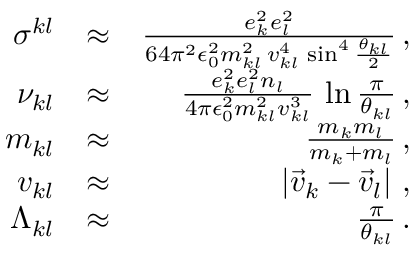
\begin{array} { r l r } { \sigma ^ { k l } } & { \approx } & { \frac { e _ { k } ^ { 2 } e _ { l } ^ { 2 } } { 6 4 \pi ^ { 2 } \epsilon _ { 0 } ^ { 2 } m _ { k l } ^ { 2 } \, v _ { k l } ^ { 4 } \, \sin ^ { 4 } \frac { \theta _ { k l } } { 2 } } \, , } \\ { \nu _ { k l } } & { \approx } & { \frac { e _ { k } ^ { 2 } e _ { l } ^ { 2 } n _ { l } } { 4 \pi \epsilon _ { 0 } ^ { 2 } m _ { k l } ^ { 2 } v _ { k l } ^ { 3 } } \, \ln \frac { \pi } { \theta _ { k l } } \, , } \\ { m _ { k l } } & { \approx } & { \frac { m _ { k } m _ { l } } { m _ { k } + m _ { l } } \, , } \\ { v _ { k l } } & { \approx } & { \left| \vec { v } _ { k } - \vec { v } _ { l } \right| \, , } \\ { \Lambda _ { k l } } & { \approx } & { \frac { \pi } { \theta _ { k l } } \, . } \end{array}